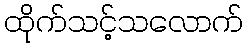
ထိုက်သင့်သလောက်